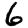
Digit: 6